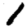
Digit: 1